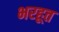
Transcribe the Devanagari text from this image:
भरहूत